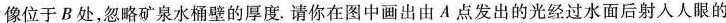
像位于B处，忽略矿泉水桶壁的厚度。请你在图中画出由A点发出的光经过水面后射人人眼的